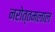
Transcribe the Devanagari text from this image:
नरोत्तमलाल